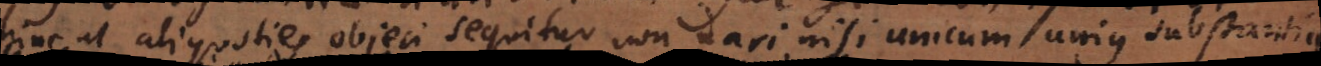
hinc ut aliquoties objeci sequitur non dari nisi unicum unius substantia